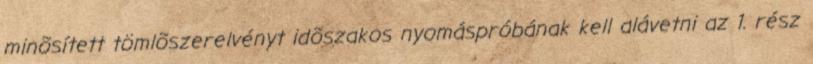
minõsített tömlõszerelvényt idõszakos nyomáspróbának kell alávetni az 1. rész